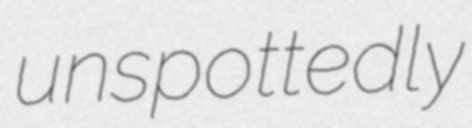
unspottedly